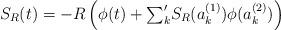
LaTeX: \begin{align*}S_R(t)=-R\left(\phi(t)+\mbox{$\sum_k^\prime$}S_R(a_k^{(1)})\phi(a_k^{(2)})\right)\end{align*}